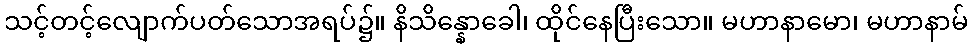
သင့်တင့်လျောက်ပတ်သောအရပ်၌။ နိသိန္နောခေါ၊ ထိုင်နေပြီးသော။ မဟာနာမော၊ မဟာနာမ်